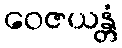
ဝေဇယန္တံ